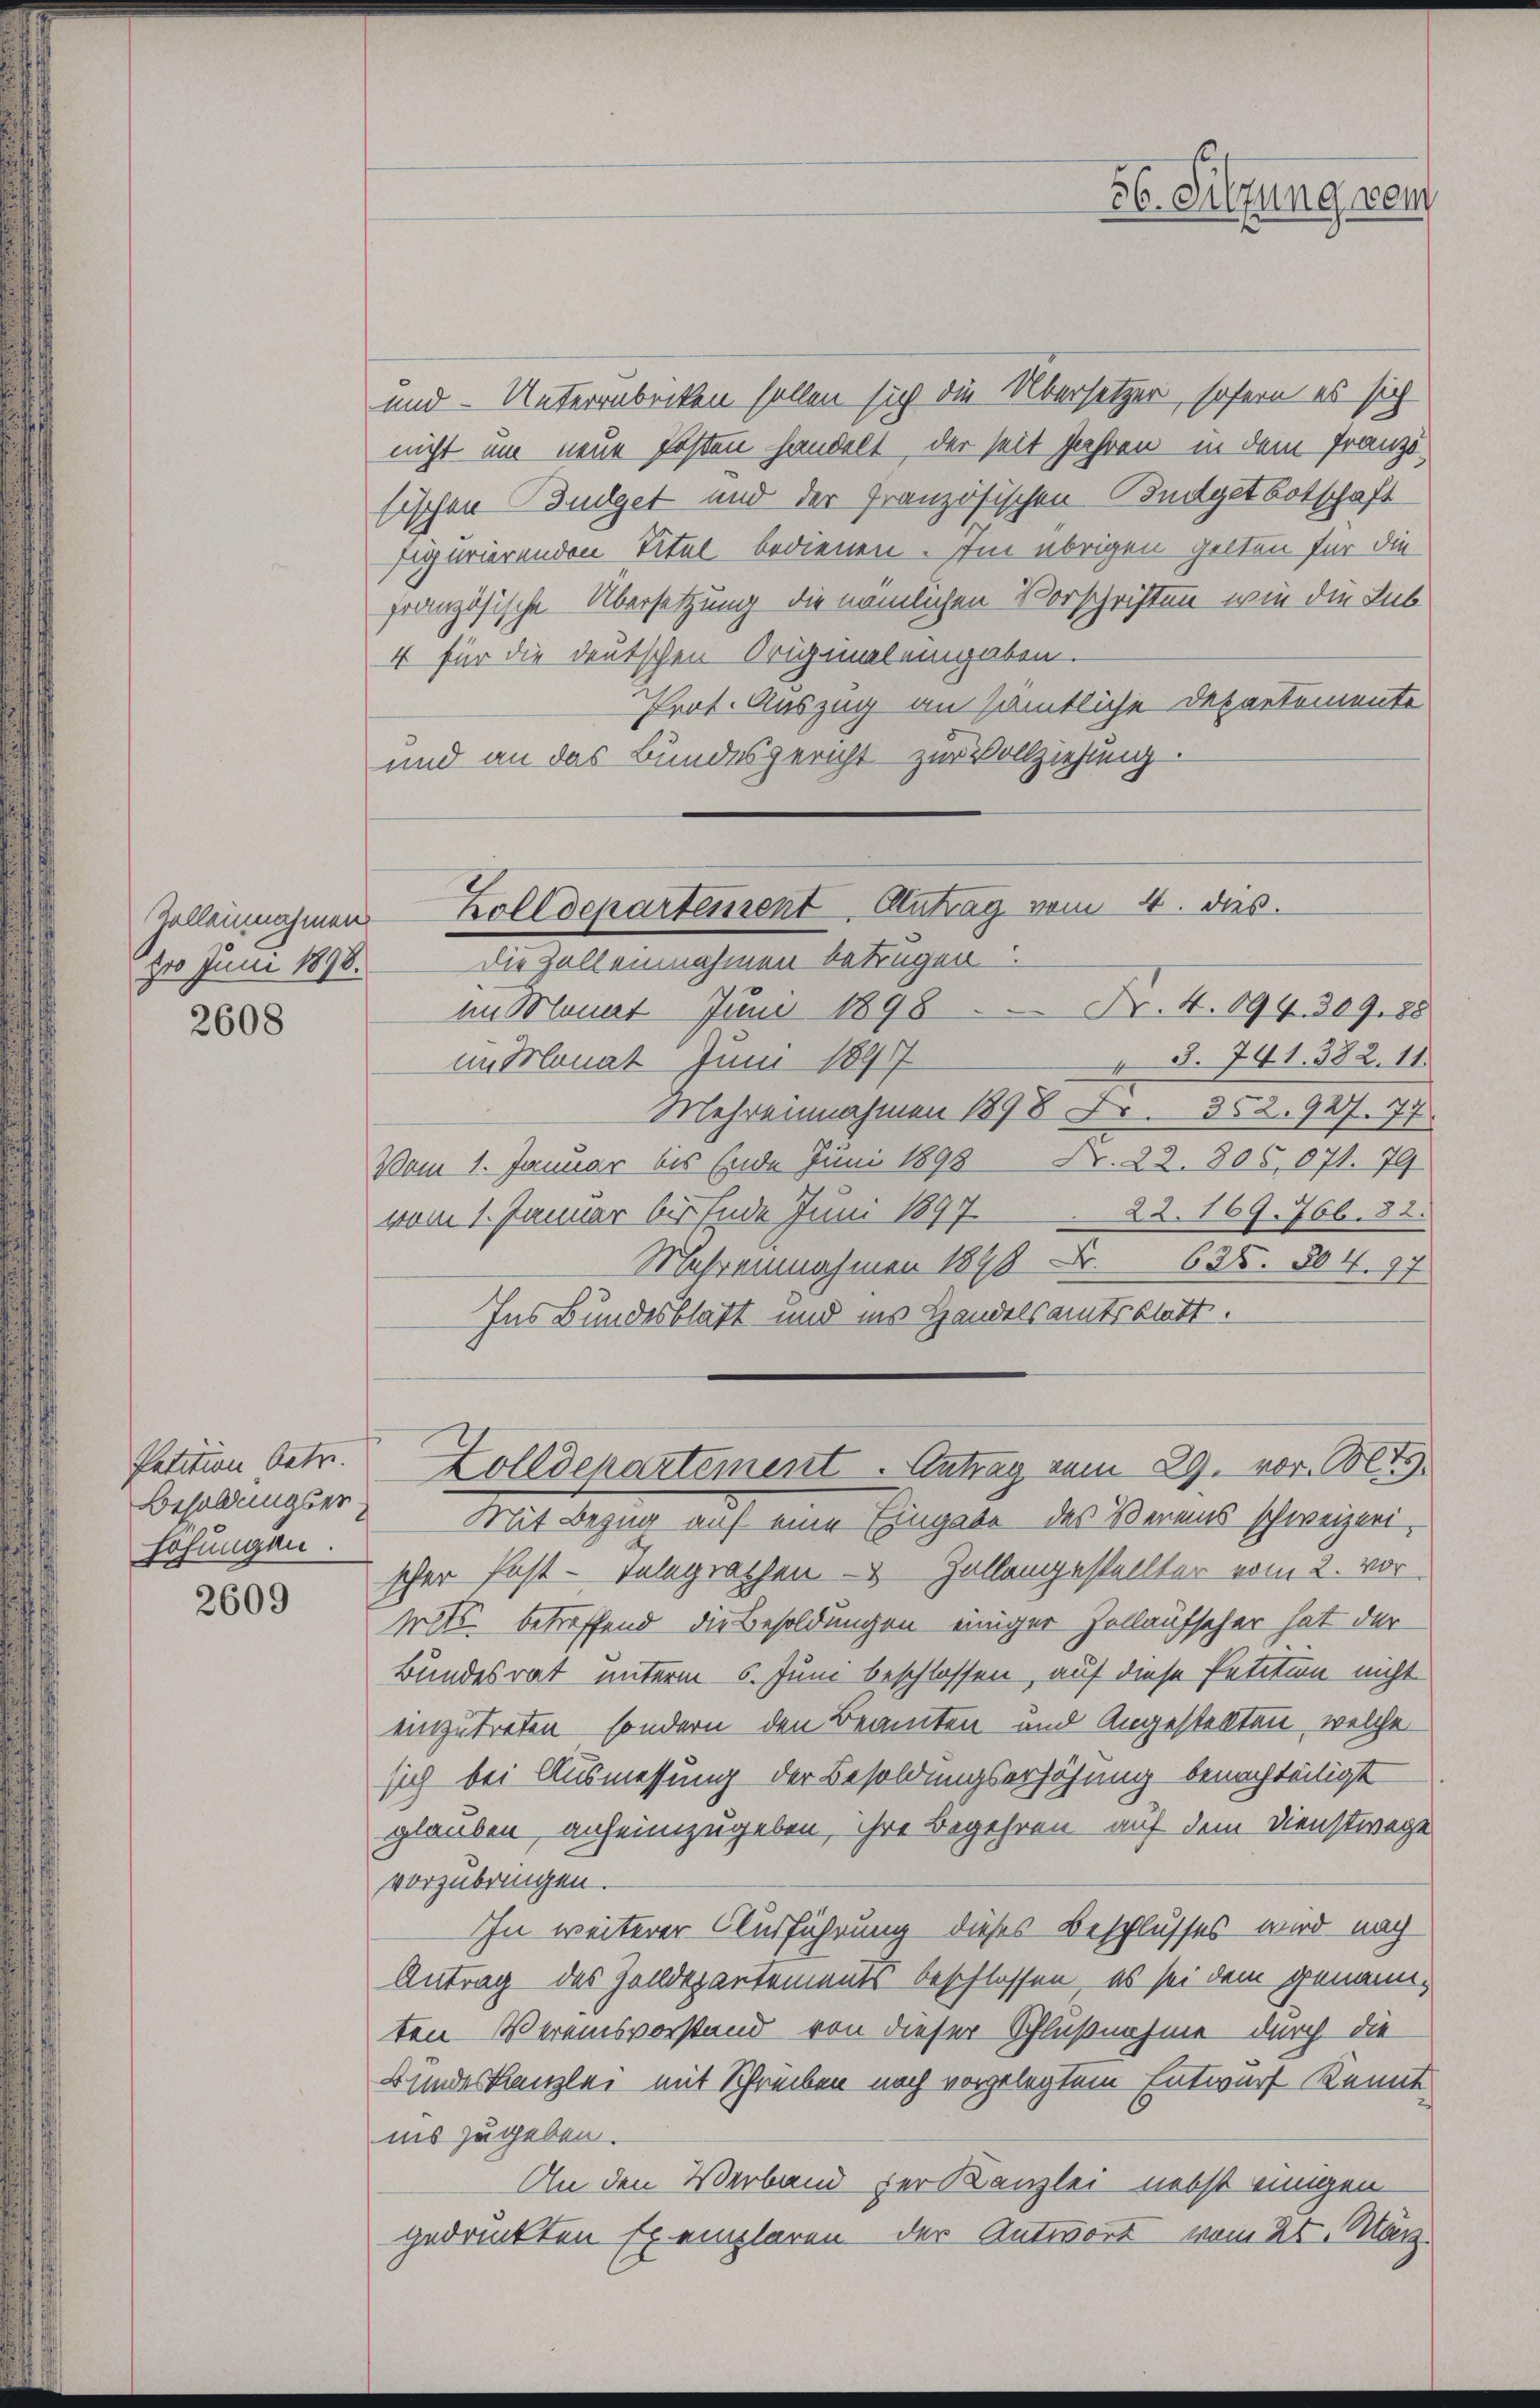
Zollannahmen

2608

Patition betr.
Besoldungserhohungen

2609

und - Unterrabriken sollen sich die Übersetzer, sofern es sich
nicht um neue Faßen handelt, der seit Jahren in dem Französischen Budget und der Französischen Budgetbotschaft
figurierenden Titel bedienen. Im übrigen gelten für die
französische Übersetzung die nämlichen Vorschriften wie die Lub
4 für die deutschen Original eingaben.
Prot. Auszug an sämtliche Departemente
und an das Bundesgericht zur Vollziehung.

56. Silzung wenn

Zolldepartement Antrag vom 4. dies.
zro Juni 1898. Die Zollennahmen betrügen

im Monat Juni 1898 Nr. 4. 894. 309. 88
§. 741. 382. 11.
im Monat Juni 1897
Mehrennahmen 1898 Fr. 352. 927. 77.
Vom 1. Januar bis Ende Juni 1898 Fr. 22. 805,071. 79
22. 169. 766. 82.
vom 1. Januar bis Ende Juni 1897
Mehrennahmen 1848 Fr. 638. 304. 97
Ins Bundesblatt und ins Handelsamtsblatt.
Mit Bezug auf eine Eingabe des Vereins schweizerischer fest-Telegrathen - Zellengestellter vom 2. vor
Mits betreffend die Besoldungen einiger Zollaufscher hat der
Bundesrat unterm 6. Juni beschlossen, auf diese Petition nicht
einzutreten, sondern den Beamten und Angestellten, welche
sich bei Ausmessung der Besoldungserhöhung benachteiligt
glauben anfeinzugeben, ihre Begehren auf dem Dienstwege
vorzubringen.
In weiterer Ausführung dieses Beschlusses wird nach
Antrag des Zolldepartements beschlossen, es sei dem genannten Vereinsvorstand von dieser Schlußnahme durch die
Bundeskanzlei mit Schreiben noch vorgelegtem Entwurf Kennt
ins zugeben.
An den Verband der Kanzlei nebst einigen
gedruckten Exemplaren der Antwort vom 25. März

Zolldepartement. Antrag vom 29. vor. Mts.